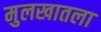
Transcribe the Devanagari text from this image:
मुलखातला